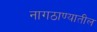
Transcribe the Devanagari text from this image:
नागठाण्यातील